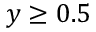
y \geq 0 . 5